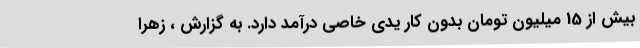
بیش از 15 میلیون تومان بدون کار یدی خاصی درآمد دارد. به گزارش ، زهرا